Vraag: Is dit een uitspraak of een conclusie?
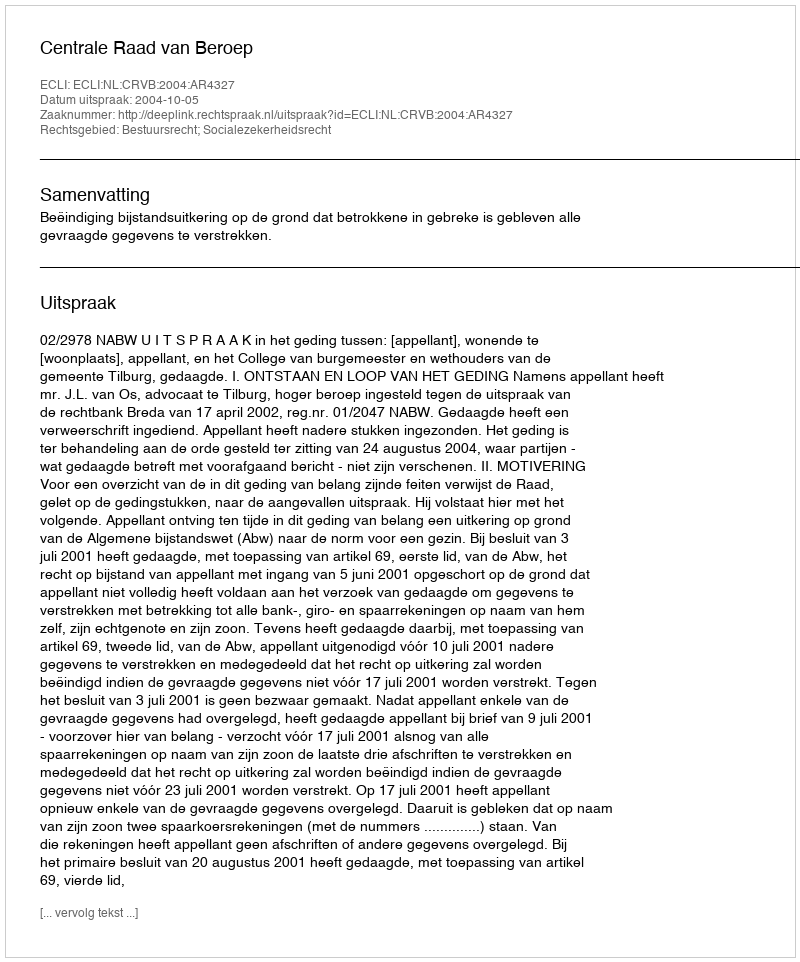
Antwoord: Uitspraak